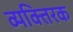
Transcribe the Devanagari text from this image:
व्यक्तिरक